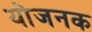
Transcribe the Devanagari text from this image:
योजनक